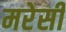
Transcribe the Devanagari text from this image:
मरेसी